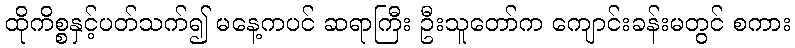
ထိုကိစ္စနှင့်ပတ်သက်၍ မနေ့ကပင် ဆရာကြီး ဦးသူတော်က ကျောင်းခန်းမတွင် စကား